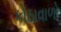
કોઠાવાળો